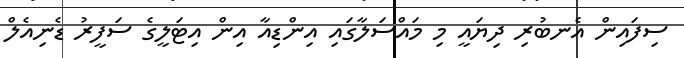
ސިފައިން އެނބުރި ދިޔައީ މި މައްސަލާގައި އިންޑިއާ އިން އިޓަލީގެ ސަފީރު ޑެނިއެލް